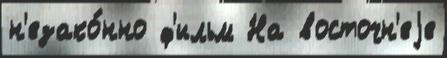
н'езако́нно ф'ильм На восточн'еjе